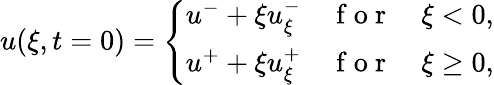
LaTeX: \begin{array}{r}{u(\xi,t=0)=\left\{ \begin{array}{ll}{u^{-}+\xi u_{\xi}^{-}\quad\mathrm{~f~o~r~}\quad\xi<0,}\\ {u^{+}+\xi u_{\xi}^{+}\quad\mathrm{~f~o~r~}\quad\xi\geq 0,}\end{array}\right.}\end{array}